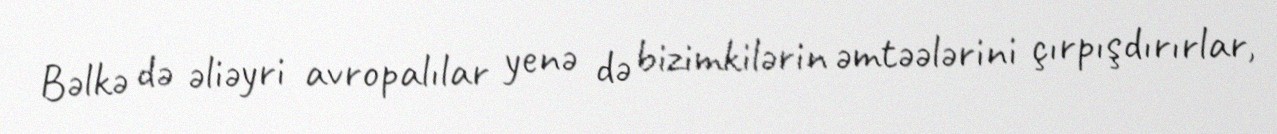
Bəlkə də əliəyri avropalılar yenə də bizimkilərin əmtəələrini çırpışdırırlar,